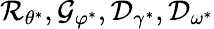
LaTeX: \mathcal{R}_{\theta^{*}},\mathcal{G}_{\varphi^{*}},\mathcal{D}_{\gamma^{*}},\mathcal{D}_{\omega^{*}}